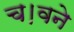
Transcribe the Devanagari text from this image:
च।वने